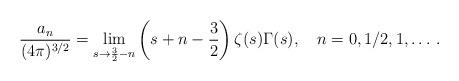
LaTeX: \begin{align*}\frac{a_n}{(4\pi)^{3/2}}=\lim_{s\to\frac{3}{2}-n}\left (s+n-\frac{3}{2}\right )\zeta (s)\Gamma (s), \quad n=0, 1/2,1, \ldots \,{.}\end{align*}